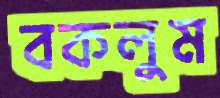
বকলুম